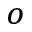
^ o